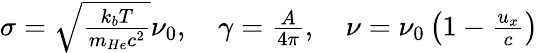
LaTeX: \begin{array}{r}{\sigma=\sqrt{\frac{k_{b}T}{m_{He}c^{2}}}\nu_{0},\quad\gamma=\frac{A}{4\pi},\quad\nu=\nu_{0}\left(1-\frac{u_{x}}{c}\right)}\end{array}